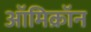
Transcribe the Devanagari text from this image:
ऑमिक्रॉन